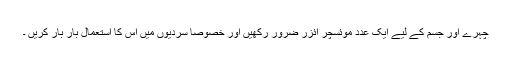
چہرے اور جسم کے لیے ایک عدد موئسچر ائزر ضرور رکھیں اور خصوصاً سردیوں میں اس کا استعمال بار بار کریں ۔